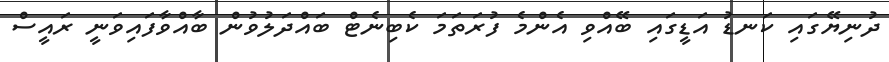
ދުނިޔޭގައި ކަނޑު އަޑީގައި ބޭއްވި އެންމެ ފުރަތަމަ ކެބިނެޓް ބައްދަލުވުން ބާއްވާފައިވަނީ ރައީސް